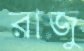
রাজু